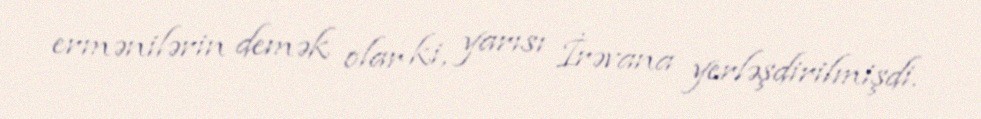
ermənilərin demək olar ki, yarısı İrəvana yerləşdirilmişdi.